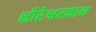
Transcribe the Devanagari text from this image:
क्षीरेश्वरनाथ